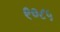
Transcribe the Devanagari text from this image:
९०८५